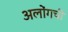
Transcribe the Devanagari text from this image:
अलोंगची